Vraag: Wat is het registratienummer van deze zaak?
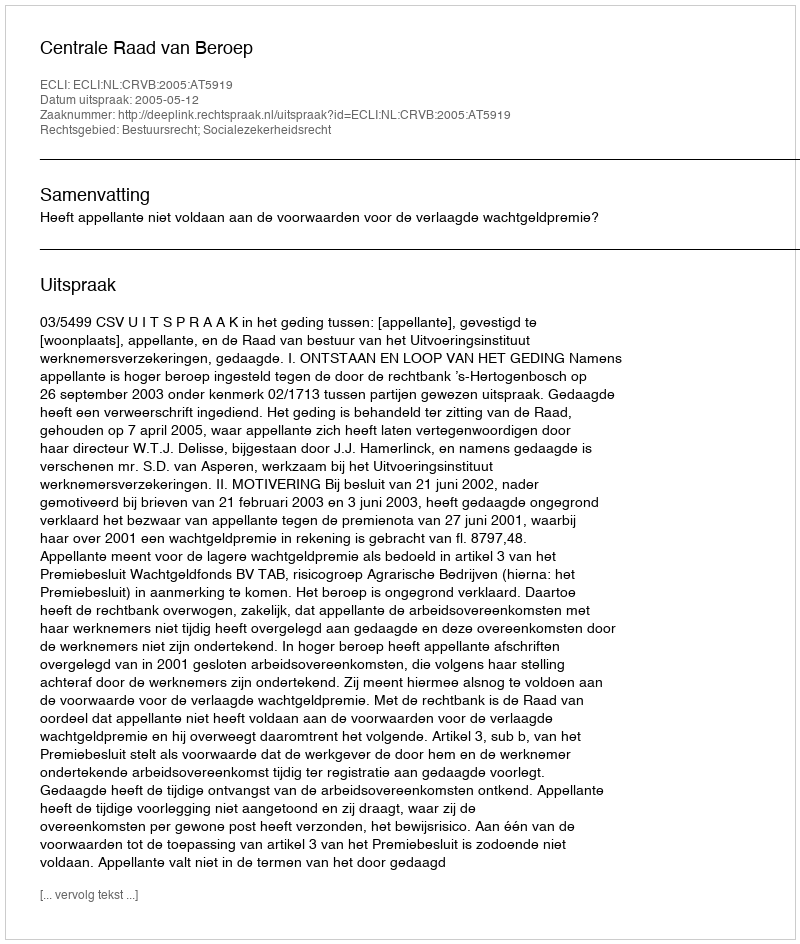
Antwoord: http://deeplink.rechtspraak.nl/uitspraak?id=ECLI:NL:CRVB:2005:AT5919